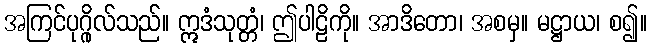
အကြင်ပုဂ္ဂိုလ်သည်။ ဣဒံသုတ္တံ၊ ဤပါဠိကို။ အာဒိတော၊ အစမှ။ မဋ္ဌာယ၊ စ၍။